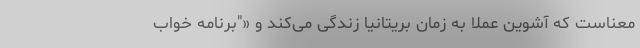
معناست که آشوین عملا به زمان بریتانیا زندگی می‌کند و «"برنامه خواب